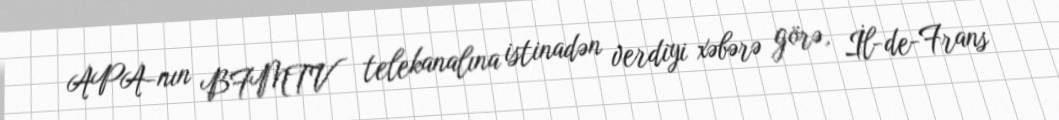
APA-nın BFMTV telekanalına istinadən verdiyi xəbərə görə, İl-de-Frans